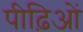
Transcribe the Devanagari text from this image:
पीढ़िओं